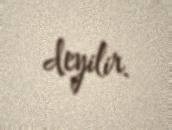
deyilir.